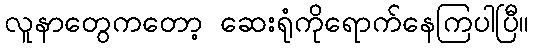
လူနာတွေကတော့ ဆေးရုံကိုရောက်နေကြပါပြီ။